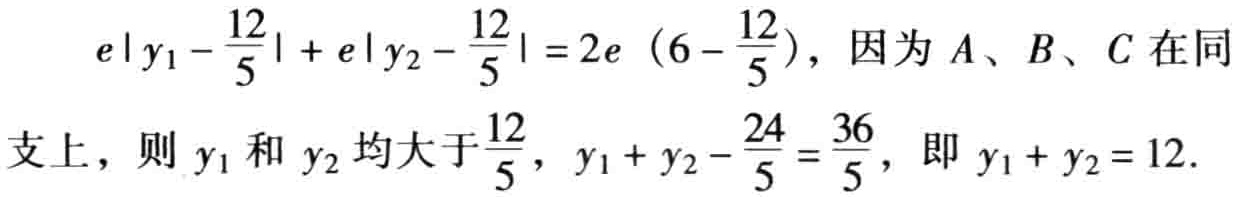
\[

e\left|y_1 - \frac{12}{5}\right| + e\left|y_2 - \frac{12}{5}\right| = 2e\left(6 - \frac{12}{5}\right), \text{ 因为 } A、B、C \text{ 在同}

\]

\[

\text{支上，则 } y_1 \text{ 和 } y_2 \text{ 均大于 } \frac{12}{5}, y_1 + y_2 - \frac{24}{5} = \frac{36}{5}, \text{ 即 } y_1 + y_2 = 12.

\]